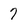
Character: 7